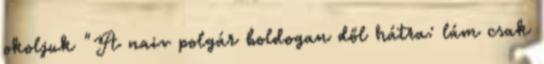
okoljuk "A naiv polgár boldogan dől hátra: lám csak